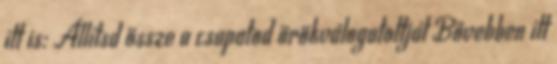
itt is: Állítsd össze a csapatod örökválogatottját Bővebben itt